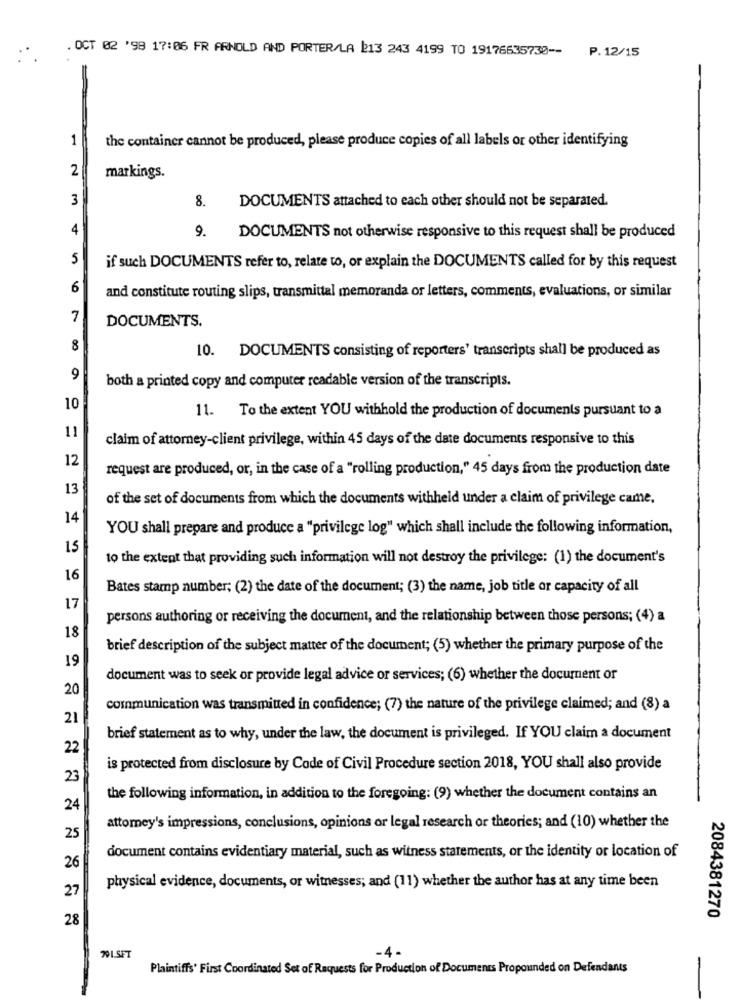
. OCT 02 '98 17:06 FR ARNOLD AND PORTER/LA 213 243 4199 TO 19176635730 -- P.12/15
1
the container cannot be produced, please produce copies of all labels or other identifying
2
markings.
3
8.
DOCUMENTS attached to each other should not be separated.
4
9. DOCUMENTS not otherwise responsive to this request shall be produced
5
if such DOCUMENTS refer to, relate to, or explain the DOCUMENTS called for by this request
6
and constitute routing slips, transmittal memoranda or letters, comments, evaluations, or similar
7
DOCUMENTS.
8
10. DOCUMENTS consisting of reporters' transcripts shall be produced as
9
both a printed copy and computer readable version of the transcripts.
10
11. To the extent YOU withhold the production of documents pursuant to a
11
claim of attorney-client privilege, within 45 days of the date documents responsive to this
12
request are produced, or, in the case of a "rolling production," 45 days from the production date
13
of the set of documents from which the documents withheld under a claim of privilege came,
14
YOU shall prepare and produce a "privilege log" which shall include the following information,
15
to the extent that providing such information will not destroy the privilege: (1) the document's
16
Bates stamp number; (2) the date of the document; (3) the name, job title or capacity of all
17
persons authoring or receiving the document, and the relationship between those persons; (4) a
18
brief description of the subject matter of the document; (5) whether the primary purpose of the
19
document was to seek or provide legal advice or services; (6) whether the document or
20
communication was transmitted in confidence; (7) the nature of the privilege claimed; and (8) a
21
brief statement as to why, under the law, the document is privileged. If YOU claim a document
22
is protected from disclosure by Code of Civil Procedure section 2018, YOU shall also provide
23
the following information, in addition to the foregoing: (9) whether the document contains an
24
attorney's impressions, conclusions, opinions or legal research or theories; and (10) whether the
25
document contains evidentiary material, such as witness statements, or the identity or location of
26
27
physical evidence, documents, or witnesses; and (11) whether the author has at any time been
28
2084381270
-4.
201.SFT
Plaintiffs' First Coordinated Set of Requests for Production of Documents Propounded on Defendants